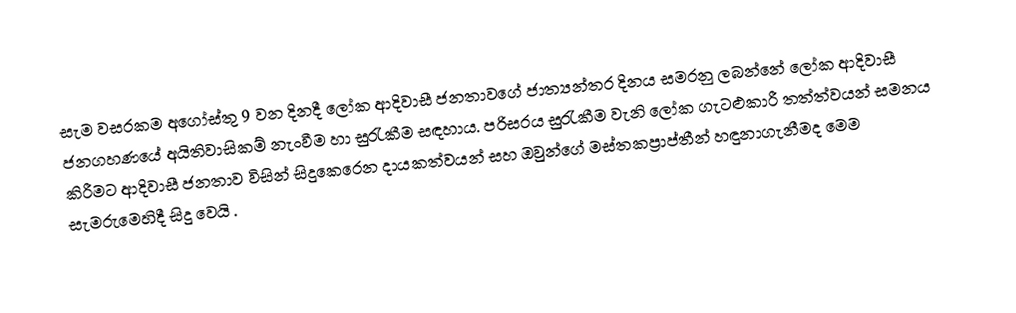
සැම වසරකම අගෝස්තු 9 වන දිනදී ලෝක ආදිවාසී ජනතාවගේ ජාත්‍යන්තර දිනය සමරනු ලබන්නේ  ලෝක ආදිවාසී ජනගහණයේ අයිතිවාසිකම් නැංවීම හා සුරැකීම සඳහාය. පරිසරය සුරැකීම වැනි ලෝක ගැටළුකාරී තත්ත්වයන් සමනය කිරීමට ආදිවාසී ජනතාව විසින් සිදුකෙරෙන දායකත්වයන් සහ ඔවුන්ගේ මස්තකප්‍රාප්තීන් හඳුනාගැනීමද මෙම සැමරුමෙහිදී සිදු වෙයි .